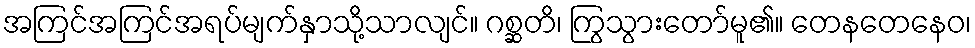
အကြင်အကြင်အရပ်မျက်နှာသို့သာလျင်။ ဂစ္ဆတိ၊ ကြွသွားတော်မူ၏။ တေနတေနေဝ၊